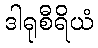
ဒါရုစီရိယံ